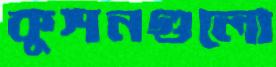
কুশনগুলো